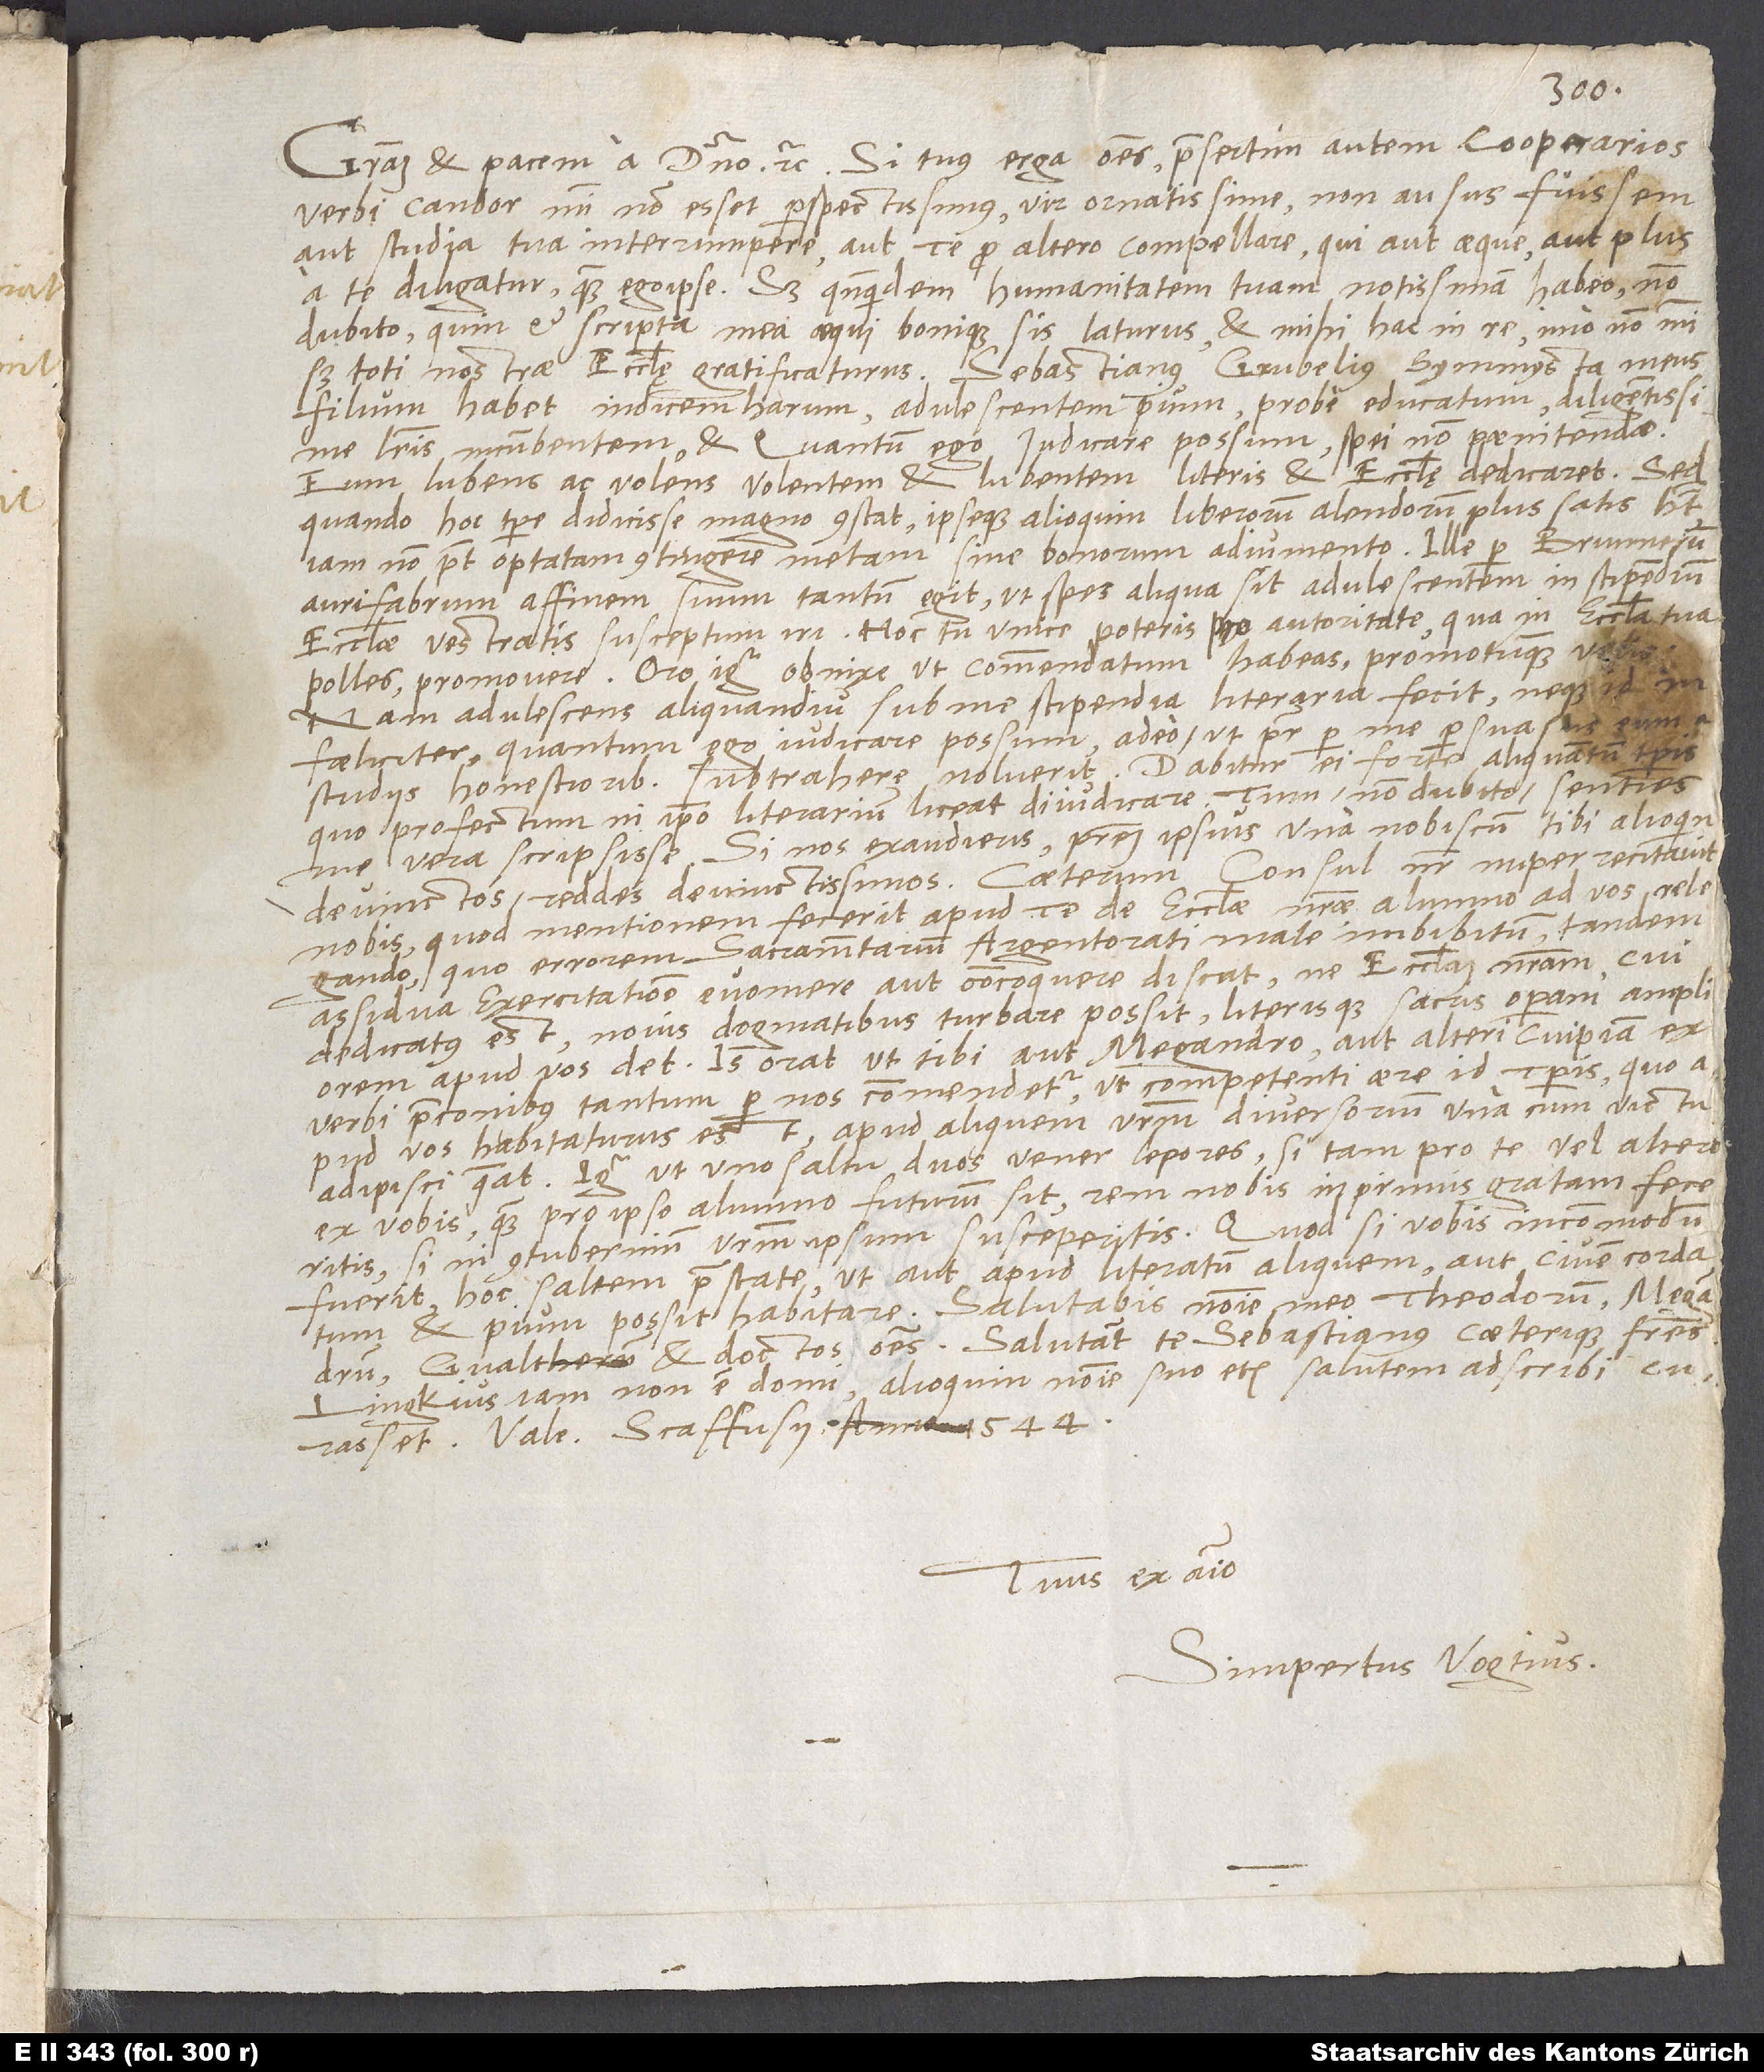
Gratiam et pacem a domino etc. Si tuus erga omnes, praesertim autem cooperarios
verbi, candor mihi non esset perspectissimus, vir ornatissime, non ausus fuissem
aut studia tua interrumpere aut te pro altero compellare, qui aut aeque aut plus
a te diligatur quam ego ipse. Sed quandoquidem humanitatem tuam notissimam habeo, non
dubito, quin et scripta mea aequi bonique sis laturus et mihi hac in re, imo non mihi,
sed toti nostrae ecclesię gratificaturus. Sebastianus Grubelius, symmysta meus,
filium habet, indicem harum, adulescentem pium, probe educatum, diligentissime
literis incumbentem et, quantum ego iudicare possum, spei non poenitendae.
Eum lubens ac volens volentem et lubentem literis et ecclesię dedicaret. Sed
quando hoc tempore didicisse magno constat ipseque alioquin liberorum alendorum plus satis habet,
iam non potest optatam contingere metam sine bonorum adiumento. Ille per Brunnerum
aurifabrum, affinem suum, tantum egit, ut spes aliqua sit adulescentem in stipendium
ecclesiae vestratis susceptum iri. Hoc tu unice poteris pro autoritate, qua in ecclesia tua
polles, promovere. Oro igitur obnixe, ut commendatum habeas promotumque velles.
Nam adulescens aliquandiu sub me stipendia literaria fecit neque
infoeliciter, quantum ego iudicare possum, adeo ut pater per me persuasus eum
studiis honestioribus subtrahere noluerit. Dabitur ei forte aliquantum temporis,
quo profectum in ipso literarium liceat diiudicare. Tum, non dubito, senties
me vera scripsisse. Si nos exaudieris, patrem ipsius una nobiscum tibi alioquin
devinctos reddes devinctissimos. Caeterum consul noster nuper recitavit
nobis, quod mentionem fecerit apud te de ecclesiae nostrae alumno ad vos relegando,
quo errorem sacramentarium Argentorati male imbibitum tandem
assidua exercitatione evomere aut concoquere discat, ne ecclesiam nostram, cui
dedicatus est, novis dogmatibus turbare possit literisque sacris operam ampliorem
apud vos det. Is orat, ut tibi aut Megandro aut alteri cuipiam ex
verbi praeconibus tantum per nos commendetur, ut competenti aere id temporis, quo
apud vos habitaturus est, apud aliquem vestrum diversorium una cum victu
adipisci queat. Igitur, ut uno saltu duos vener lepores, si tam pro te vel altero
ex vobis quam pro ipso alumno futurum sit, rem nobis inprimis gratam feceritis,
si in contubernium vestrum ipsum susceperitis. Quod si vobis incommodum
fuerit, hoc saltem praestate, ut aut apud literatum aliquem aut civem cordatum
et pium possit habitare. Salutabis nomine meo Theodorum, Megandrum,
Gvaltherum et doctos omnes. Salutant te Sebastianus caeterique fratres.
Lingkius iam non est domi, alioquin nomine suo etiam salutem adscribi
curasset. Vale. Scaffusii, anno 1544.
Tuus ex animo
Simpertus Vogtius.